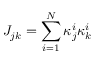
J _ { j k } = \sum _ { i = 1 } ^ { N } \kappa _ { j } ^ { i } \kappa _ { k } ^ { i }